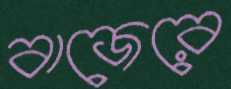
বাজেরে